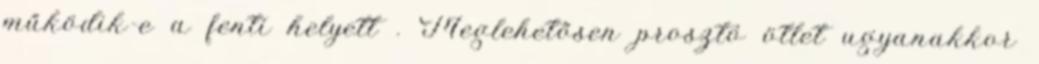
működik-e a fenti helyett . Meglehetősen prosztó ötlet ugyanakkor